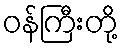
ဝန်ကြီးတို့